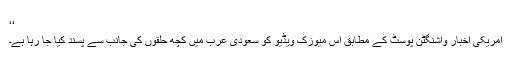
‘‘
امریکی اخبار واشنگٹن پوسٹ کے مطابق اس میوزک ویڈیو کو سعودی عرب میں کچھ حلقوں کی جانب سے پسند کیا جا رہا ہے۔